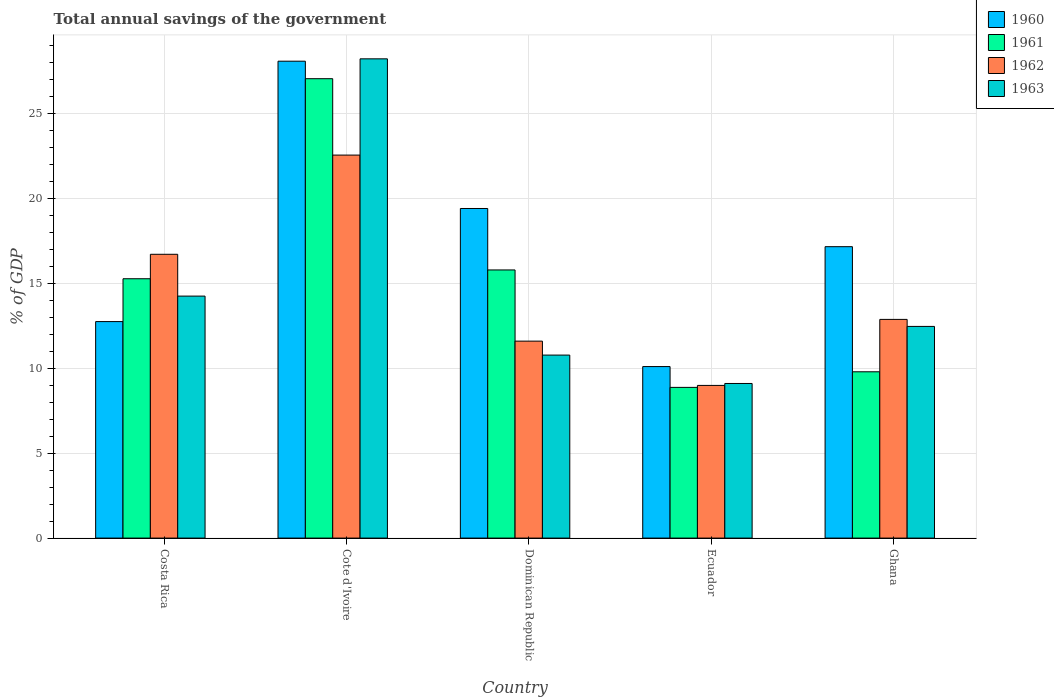
| Country | 1960 | 1961 | 1962 | 1963 |
 | --- | --- | --- | --- | --- |
 | Costa Rica | 12.7 | 15.3 | 16.7 | 14.2 |
 | Cote d'Ivoire | 28.1 | 27 | 22.5 | 28.2 |
 | Dominican Republic | 19.4 | 15.8 | 11.6 | 10.8 |
 | Ecuador | 10.1 | 8.87 | 8.98 | 9.1 |
 | Ghana | 17.1 | 9.78 | 12.9 | 12.5 |